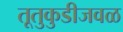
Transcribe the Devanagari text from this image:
तूतुकुडीजवळ